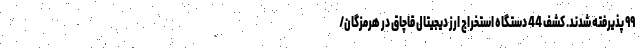
۹۹ پذیرفته شدند. کشف 44 دستگاه استخراج ارز دیجیتال قاچاق در هرمزگان/